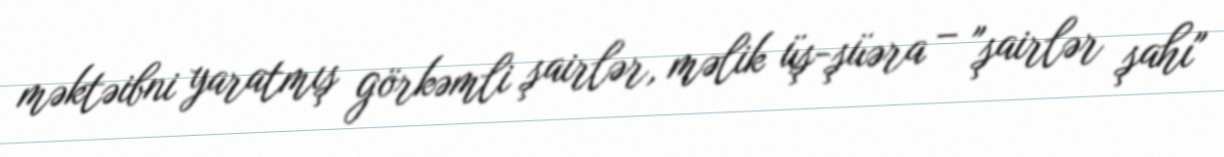
məktəibni yaratmış görkəmli şairlər, məlik üş-şüəra – "şairlər şahı"